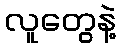
လူတွေနဲ့